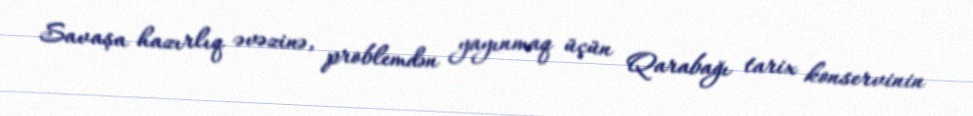
Savaşa hazırlıq əvəzinə, problemdən yayınmaq üçün Qarabağı tarix konservinin